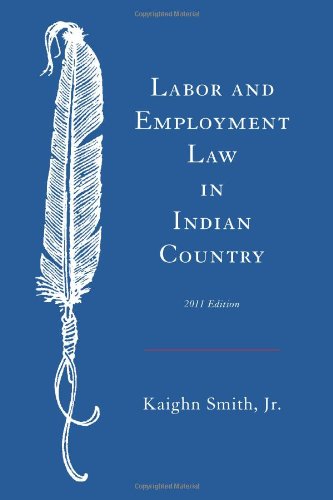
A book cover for Labor and Employment Law in Indian Country; Kaighn Smith Jr.; Law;